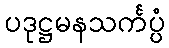
ပဒုဋ္ဌမနသင်္ကပ္ပံ